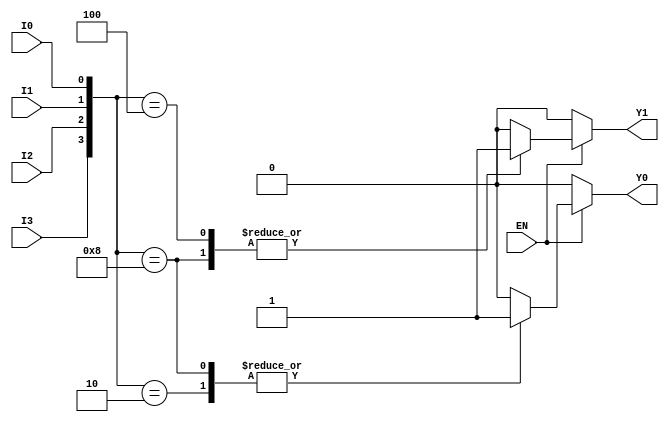
module encoder_4to2 (
    input wire I0,    // Input 0
    input wire I1,    // Input 1
    input wire I2,    // Input 2
    input wire I3,    // Input 3
    input wire EN,    // Enable signal
    output reg Y0,    // Output 0
    output reg Y1     // Output 1
);

always @(*) begin
    if (!EN) begin
        // If enable is low, set outputs to 00
        Y0 = 0;
        Y1 = 0;
    end else begin
        // Encoder logic
        case ({I3, I2, I1, I0})
            4'b0000: begin
                Y0 = 0;
                Y1 = 0; // No active input
            end
            4'b0001: begin
                Y0 = 0;
                Y1 = 0; // I0 active
            end
            4'b0010: begin
                Y0 = 1;
                Y1 = 0; // I1 active
            end
            4'b0100: begin
                Y0 = 0;
                Y1 = 1; // I2 active
            end
            4'b1000: begin
                Y0 = 1;
                Y1 = 1; // I3 active
            end
            default: begin
                Y0 = 0; // Default case for multiple inputs active
                Y1 = 0; // Default output can be defined as needed
            end
        endcase
    end
end

endmodule